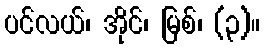
ပင်လယ်၊ အိုင်၊ မြစ်၊ (၃)။